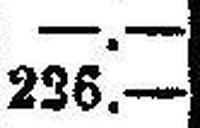
236.—